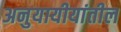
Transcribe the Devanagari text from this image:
अनुयायीयांतील